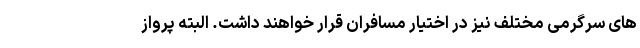
های سرگرمی مختلف نیز در اختیار مسافران قرار خواهند داشت. البته پرواز